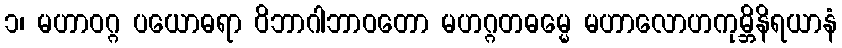
၁၊ မဟာဝဂ္ဂ ပယောဓရာ ဝိဘာဂါဘာဝတော မဟဂ္ဂတဓမ္မေ မဟာလောဟကုမ္ဘိနိရယာနံ